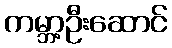
ကမ္ဘာ့ဦးဆောင်